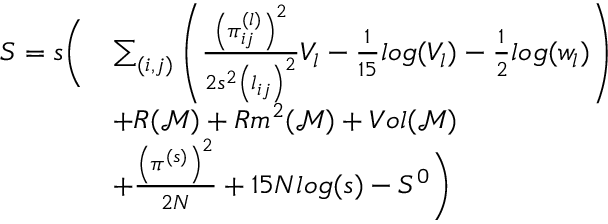
\begin{array} { r l } { S = s \Bigg ( } & { \sum _ { ( i , j ) } \left( \frac { \left( \pi _ { i j } ^ { ( l ) } \right) ^ { 2 } } { 2 s ^ { 2 } \left( l _ { i j } \right) ^ { 2 } } V _ { l } - \frac { 1 } { 1 5 } l o g ( V _ { l } ) - \frac { 1 } { 2 } l o g ( w _ { l } ) \right) } \\ & { + R ( \mathcal { M } ) + R m ^ { 2 } ( \mathcal { M } ) + V o l ( \mathcal { M } ) } \\ & { + \frac { \left( \pi ^ { ( s ) } \right) ^ { 2 } } { 2 N } + 1 5 N l o g ( s ) - S ^ { 0 } \Bigg ) } \end{array}